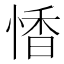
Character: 𪬏